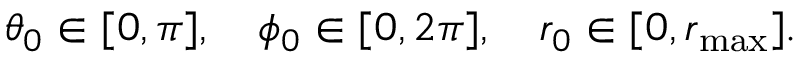
\begin{array} { r } { \theta _ { 0 } \in [ 0 , \pi ] , \quad \phi _ { 0 } \in [ 0 , 2 \pi ] , \quad r _ { 0 } \in [ 0 , r _ { \operatorname* { m a x } } ] . } \end{array}